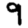
Digit: 9